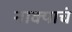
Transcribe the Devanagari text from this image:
नाक्याचं